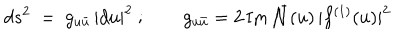
LaTeX: d s ^ { 2 } ~ = ~ g _ { u { \bar { u } } } \, | d u | ^ { 2 } \ ; \qquad g _ { u { \bar { u } } } = 2 \, \mathrm { I m } \, { \bar { \cal N } } ( u ) \, | f ^ { ( 1 ) } ( u ) | ^ { 2 } \,